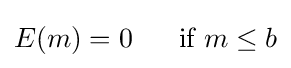
E(m)=0\ \ \ \ {\text{ if }}m\leq b